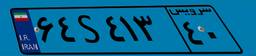
۰۷S۲۶۲۸۱